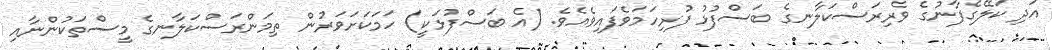
އަދި ކަލޭގެފާނުގެ ވެރިރަސްކަލާނގެ ބަސްފުޅު ފުރިހަމަވެފައިވެއެވެ. (އެ ބަސްފުޅަކީ) ހަމަކަށަވަރުން ތިމަންރަސްކަލާނގެ މީސްތަކުންނާއި